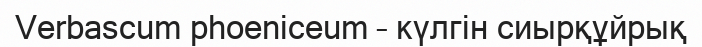
Verbascum phoeniceum – күлгін сиырқұйрық